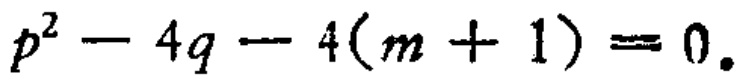
\(p^{2}-4q - 4(m + 1)=0\)